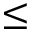
\leq